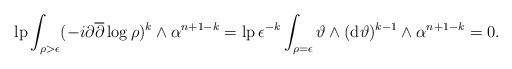
LaTeX: \begin{gather*}\operatorname{lp}\int_{\rho>\epsilon} (-i\partial\overline{\partial}\log\rho)^{k}\wedge\alpha^{n+1-k}=\operatorname{lp} \epsilon^{-k}\int_{\rho=\epsilon} \vartheta\wedge({\rm d}\vartheta)^{k-1}\wedge \alpha^{n+1-k} =0.\end{gather*}